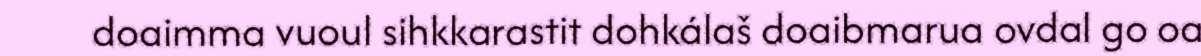
doaimma vuoul sihkkarastit dohkálaš doaibmarua ovdal go oa